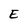
Character: E